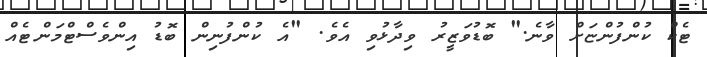
ޓެކް ކުންފުންޏަށް ވާނެ." ބޮޑުވަޒީރު ވިދާޅުވި އެވެ. "އެ ކުންފުނިން ބޮޑު އިންވެސްޓްމަންޓެއް